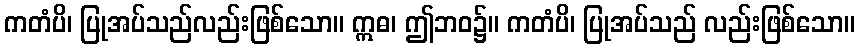
ကတံပိ၊ ပြုအပ်သည်လည်းဖြစ်သော။ ဣဓ၊ ဤဘဝ၌။ ကတံပိ၊ ပြုအပ်သည် လည်းဖြစ်သော။